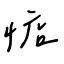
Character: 惦